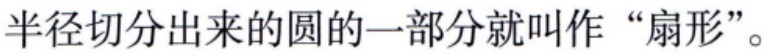
半径切分出来的圆的一部分就叫作“扇形”。